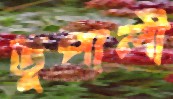
ভূপালী